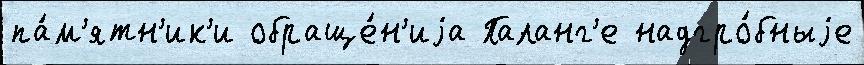
па́м'ятн'ик'и обраще́н'иjа Паланг'е надгро́бныjе